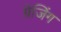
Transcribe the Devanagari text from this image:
ग्रेजिंग